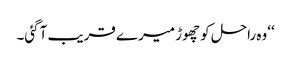
‘‘وہ راحل کو چھوڑ میرے قریب آگئی۔